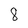
Character: 8